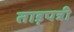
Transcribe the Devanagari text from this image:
ताड़पत्री